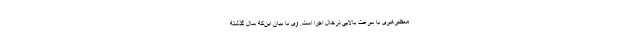
معظم‌رهبری با سرعت بالایی درحال اجرا است. وی با بیان این‌که سال گذشته